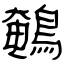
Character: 鵪